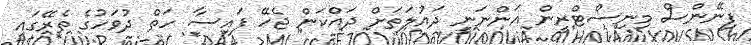
ފިނޭންސް މިނިސްޓްރީން އަންނަނީ ދައުލަތަށް ދައްކަން ޖެހޭ ފައިސާ ހަތް ދުވަހުގެ ތެރޭގައި